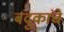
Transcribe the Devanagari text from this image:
बंदुकांचे